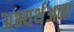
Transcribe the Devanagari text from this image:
अभ्यर्थअना